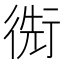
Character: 𢔬